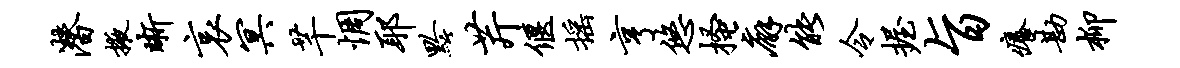
潜掖晰哀冥芊惆耶黔芹偃摇亨悠搔廨能令握旨痒勘柳